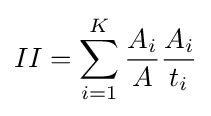
II=\sum _{i=1}^{K}{\frac {A_{i}}{A}}{\frac {A_{i}}{t_{i}}}